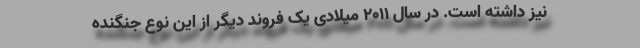
نیز داشته است. در سال ۲۰۱۱ میلادی یک فروند دیگر از این نوع جنگنده